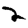
Digit: 2